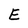
Character: E